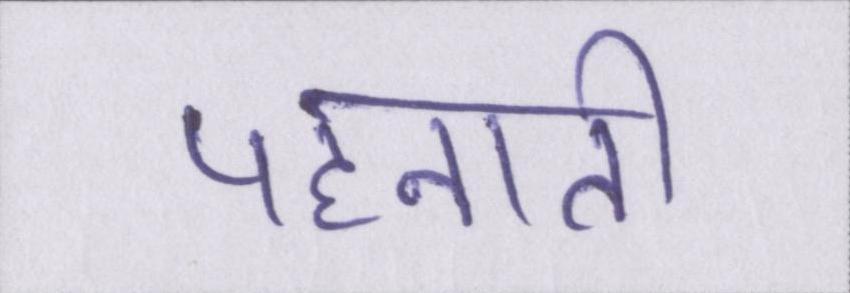
पहनाती